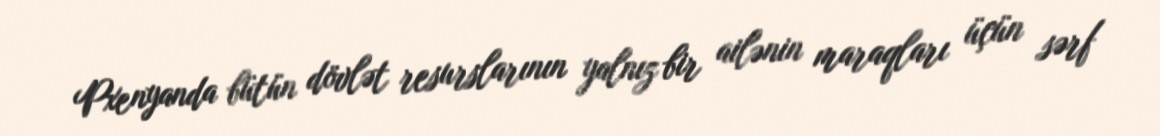
Pxenyanda bütün dövlət resurslarının yalnız bir ailənin maraqları üçün sərf